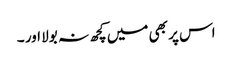
اس پر بھی میں کچھ نہ بولا اور ۔